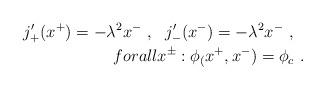
LaTeX: \begin{align*}j'_+(x^+)=-\lambda^2x^-\ ,\ \ j'_-(x^-)=-\lambda^2 x^- \ ,\ \ \\forall x^\pm : \phi_(x^+,x^-)=\phi_c \ .\end{align*}